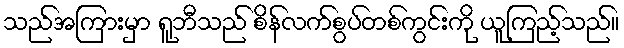
သည်အကြားမှာ ရူဘီသည် စိန်လက်စွပ်တစ်ကွင်းကို ယူကြည့်သည်။